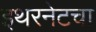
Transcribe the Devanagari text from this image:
इथरनेटचा